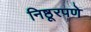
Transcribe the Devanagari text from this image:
निष्ठूरपणे